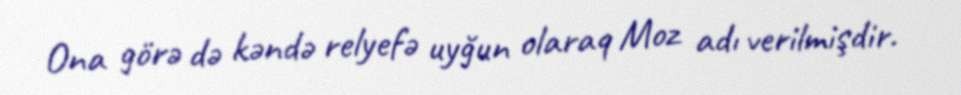
Ona görə də kəndə relyefə uyğun olaraq Moz adı verilmişdir.